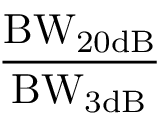
\mathrm { \frac { B W _ { 2 0 d B } } { B W _ { 3 d B } } }